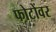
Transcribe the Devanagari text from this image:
फोटोंवर